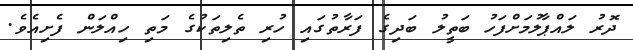
ދޮރު ލައްޕާލުމަށްފަހު ބަތީލު ބަދިގެ ފަރާތުގައި ހުރި ތެލިތަކުގެ މަތި ހިއްލަން ފެށިއެވެ.